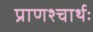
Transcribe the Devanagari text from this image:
प्राणश्चार्थः